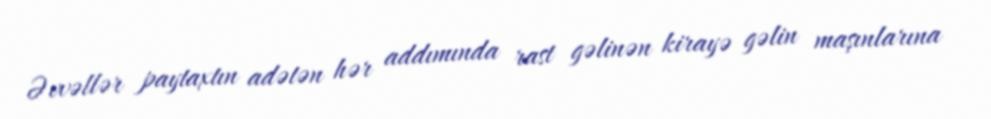
Əvvəllər paytaxtın adətən hər addımında rast gəlinən kirayə gəlin maşınlarına